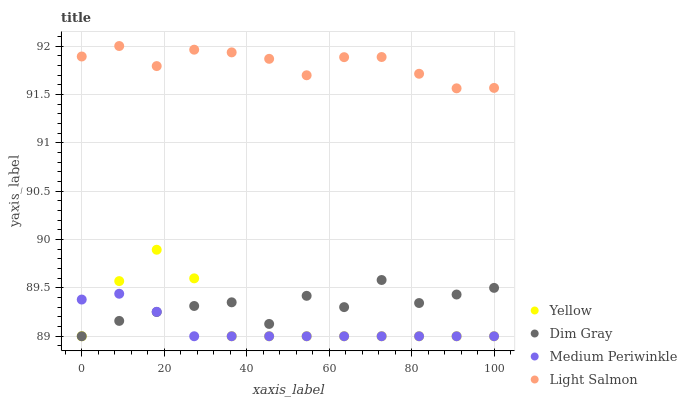
| xaxis_label | Yellow | Dim Gray | Medium Periwinkle | Light Salmon |
 | --- | --- | --- | --- | --- |
 | 0 | 89 | 89 | 89.4 | 91.9 |
 | 9.09 | 89.6 | 89.2 | 89.4 | 92 |
 | 18.2 | 89.9 | 89.3 | 89.3 | 91.8 |
 | 27.3 | 89.6 | 89.3 | 89 | 92 |
 | 36.4 | 89 | 89.4 | 89 | 91.9 |
 | 45.5 | 89 | 89.1 | 89 | 91.9 |
 | 54.5 | 89 | 89.4 | 89 | 91.7 |
 | 63.6 | 89 | 89.3 | 89 | 91.9 |
 | 72.7 | 89 | 89.6 | 89 | 91.9 |
 | 81.8 | 89 | 89.3 | 89 | 91.7 |
 | 90.9 | 89 | 89.4 | 89 | 91.6 |
 | 100 | 89 | 89.5 | 89 | 91.6 |